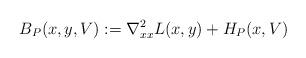
LaTeX: \begin{align*}B_P(x,y,V):=\nabla_{xx}^2{L}(x,y)+{H}_{P}(x,V)\end{align*}